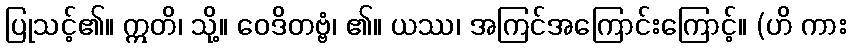
ပြုသင့်၏။ ဣတိ၊ သို့။ ဝေဒိတဗ္ဗံ၊ ၏။ ယဿ၊ အကြင်အကြောင်းကြောင့်။ (ဟိ ကား